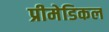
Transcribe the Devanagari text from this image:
प्रीमेडिकल